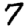
Digit: 7